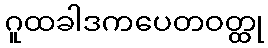
ဂူထခါဒကပေတဝတ္ထု